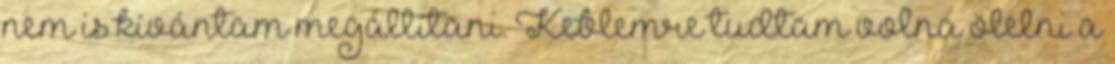
nem is kívántam megállítani. Keblemre tudtam volna ölelni a